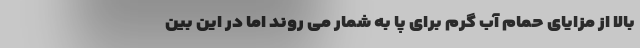
بالا از مزایای حمام آب گرم برای پا به شمار می روند اما در این بین